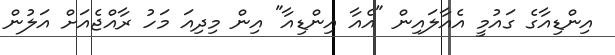
އިންޑިއާގެ ގައުމީ އެއާލައިން "އެއާ އިންޑިއާ" އިން މިދިއަ މަހު ރާއްޖެއަށް އަލުން